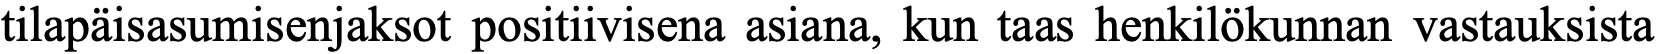
tilapäisasumisenjaksot positiivisena asiana, kun taas henkilökunnan vastauksista